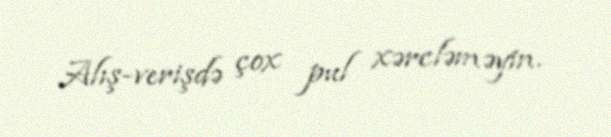
Alış-verişdə çox pul xərcləməyin.